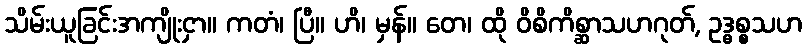
သိမ်းယူခြင်းအကျိုးငှာ။ ကတံ၊ ပြီ။ ဟိ၊ မှန်။ တေ၊ ထို ဝိစိကိစ္ဆာသဟဂုတ်, ဥဒ္ဓစ္စသဟ